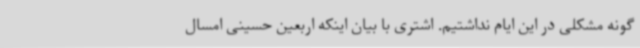
گونه مشکلی در این ایام نداشتیم. اشتری با بیان اینکه اربعین حسینی امسال